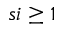
s i \geq 1